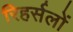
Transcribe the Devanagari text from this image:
रिहर्सलों